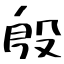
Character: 殷